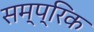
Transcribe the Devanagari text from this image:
सम्प्रिक